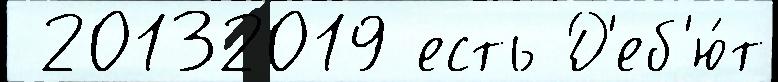
 20132019 есть Д'еб'ю́т